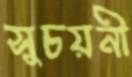
সুচয়নী